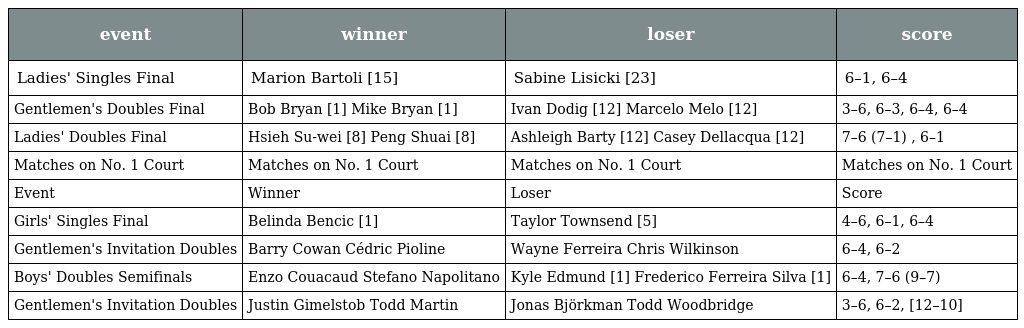
| event | winner | loser | score |
 | --- | --- | --- | --- |
 | Ladies' Singles Final | Marion Bartoli [15] | Sabine Lisicki [23] | 6–1, 6–4 |
 | Gentlemen's Doubles Final | Bob Bryan [1] Mike Bryan [1] | Ivan Dodig [12] Marcelo Melo [12] | 3–6, 6–3, 6–4, 6–4 |
 | Ladies' Doubles Final | Hsieh Su-wei [8] Peng Shuai [8] | Ashleigh Barty [12] Casey Dellacqua [12] | 7–6 (7–1) , 6–1 |
 | Matches on No. 1 Court | Matches on No. 1 Court | Matches on No. 1 Court | Matches on No. 1 Court |
 | Event | Winner | Loser | Score |
 | Girls' Singles Final | Belinda Bencic [1] | Taylor Townsend [5] | 4–6, 6–1, 6–4 |
 | Gentlemen's Invitation Doubles | Barry Cowan Cédric Pioline | Wayne Ferreira Chris Wilkinson | 6–4, 6–2 |
 | Boys' Doubles Semifinals | Enzo Couacaud Stefano Napolitano | Kyle Edmund [1] Frederico Ferreira Silva [1] | 6–4, 7–6 (9–7) |
 | Gentlemen's Invitation Doubles | Justin Gimelstob Todd Martin | Jonas Björkman Todd Woodbridge | 3–6, 6–2, [12–10] |